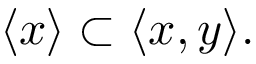
\langle x \rangle \subset \langle x , y \rangle .